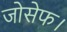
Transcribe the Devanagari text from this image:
जोसेफ।